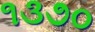
૧૩૭૦